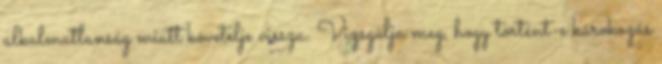
alkalmatlanság miatt követelje vissza. Vizsgálja meg, hogy történt-e károkozás